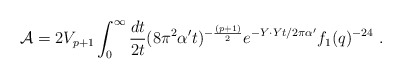
\begin{align*}{\cal A}=2V_{p+1} \int_0^\infty {dt\over 2t} (8\pi^2 {\alpha^\prime}t)^{-{(p+1)\over2}} e^{-Y \cdot Y t/ 2\pi{\alpha^\prime}} f_1(q)^{-24}\ .\end{align*}